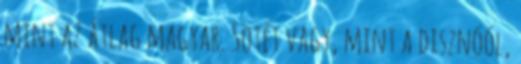
mint az átlag magyar. Sötét vagy, mint a disznóól,